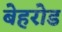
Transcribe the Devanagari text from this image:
बेहरोड